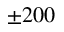
\pm 2 0 0